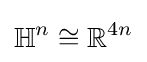
\mathbb {H} ^{n}\cong \mathbb {R} ^{4n}